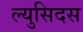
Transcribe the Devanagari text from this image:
ल्युसिदस